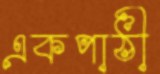
একপাঠী